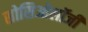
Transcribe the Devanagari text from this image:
सोसिओलॉजी